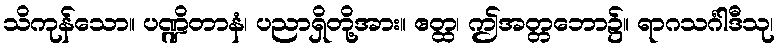
သိကုန်သော။ ပဏ္ဍိတာနံ၊ ပညာရှိတို့အား။ ဧတ္ထ၊ ဤအတ္တဘော၌။ ရာဂသင်္ဂါဒီသု၊